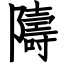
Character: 隯